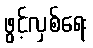
ဖွင့်လှစ်ရေး